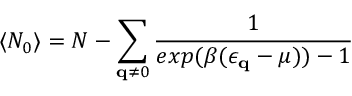
\langle N _ { 0 } \rangle = N - \sum _ { { \bf { q } } \neq 0 } \frac { 1 } { e x p ( \beta ( \epsilon _ { { \bf { q } } } - \mu ) ) - 1 }